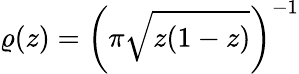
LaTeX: \varrho(z)=\left(\pi\sqrt{z(1-z)}\right)^{-1}